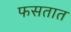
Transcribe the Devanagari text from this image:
फसतात